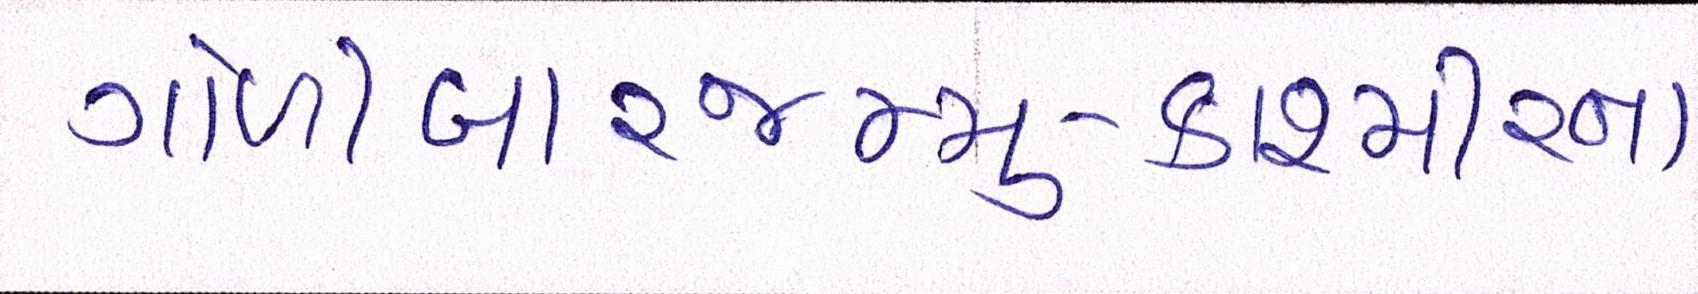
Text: ગોળીબારજમ્મુ-કાશ્મીરના